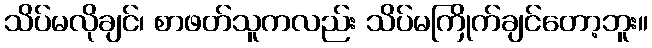
သိပ်မလိုချင်၊ စာဖတ်သူကလည်း သိပ်မကြိုက်ချင်တော့ဘူး။